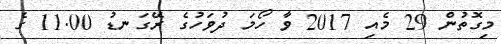
މިގޮތުން 29 މެއި 2017 ވާ ހޯމަ ދުވަހުގެ ރޭގަނޑު 11.00 ގެ